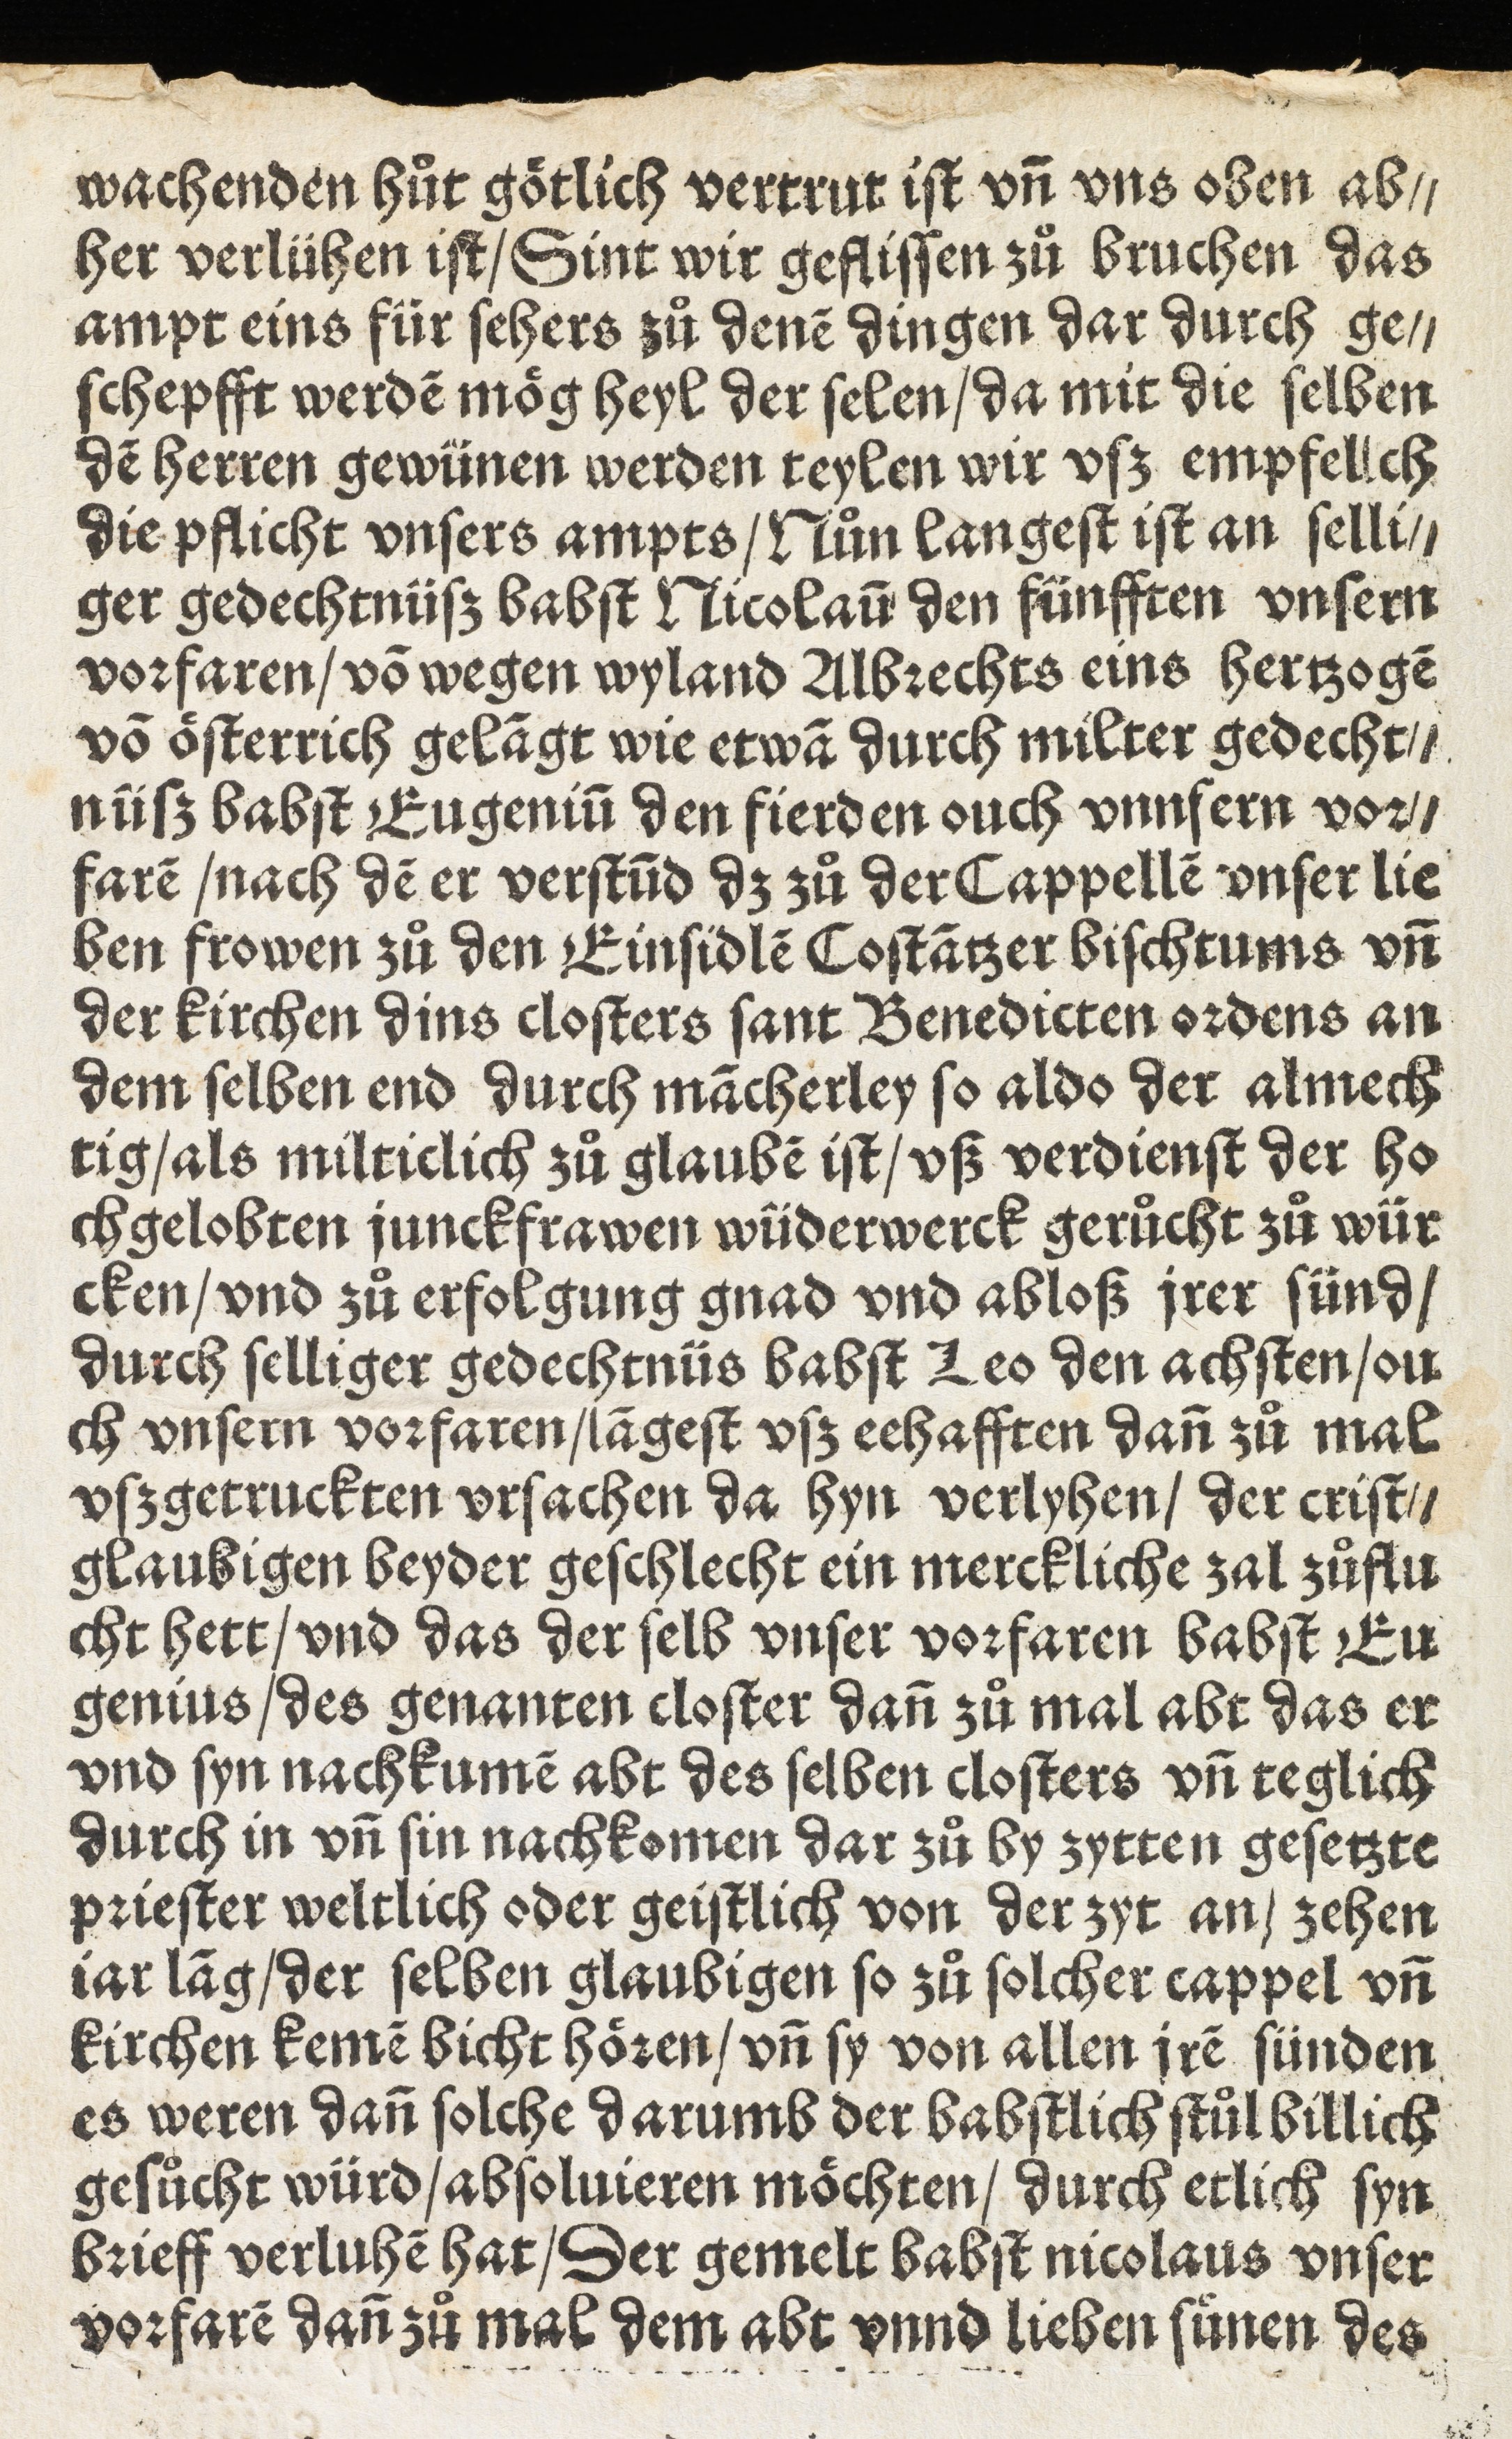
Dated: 1505–1505